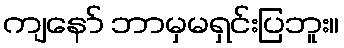
ကျနော် ဘာမှမရှင်းပြဘူး။